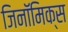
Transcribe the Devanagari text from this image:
जिनॉमिक्स